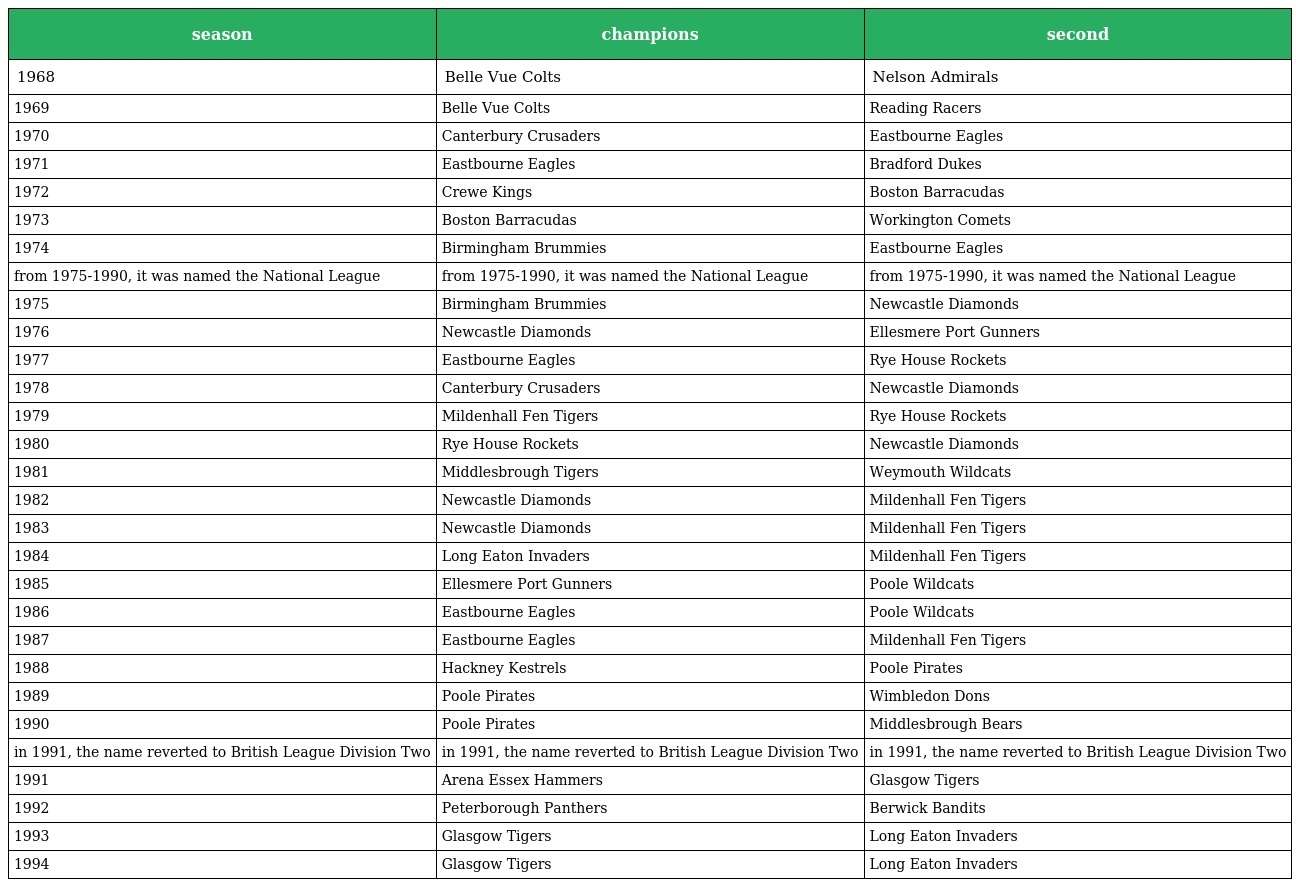
| season | champions | second |
 | --- | --- | --- |
 | 1968 | Belle Vue Colts | Nelson Admirals |
 | 1969 | Belle Vue Colts | Reading Racers |
 | 1970 | Canterbury Crusaders | Eastbourne Eagles |
 | 1971 | Eastbourne Eagles | Bradford Dukes |
 | 1972 | Crewe Kings | Boston Barracudas |
 | 1973 | Boston Barracudas | Workington Comets |
 | 1974 | Birmingham Brummies | Eastbourne Eagles |
 | from 1975-1990, it was named the National League | from 1975-1990, it was named the National League | from 1975-1990, it was named the National League |
 | 1975 | Birmingham Brummies | Newcastle Diamonds |
 | 1976 | Newcastle Diamonds | Ellesmere Port Gunners |
 | 1977 | Eastbourne Eagles | Rye House Rockets |
 | 1978 | Canterbury Crusaders | Newcastle Diamonds |
 | 1979 | Mildenhall Fen Tigers | Rye House Rockets |
 | 1980 | Rye House Rockets | Newcastle Diamonds |
 | 1981 | Middlesbrough Tigers | Weymouth Wildcats |
 | 1982 | Newcastle Diamonds | Mildenhall Fen Tigers |
 | 1983 | Newcastle Diamonds | Mildenhall Fen Tigers |
 | 1984 | Long Eaton Invaders | Mildenhall Fen Tigers |
 | 1985 | Ellesmere Port Gunners | Poole Wildcats |
 | 1986 | Eastbourne Eagles | Poole Wildcats |
 | 1987 | Eastbourne Eagles | Mildenhall Fen Tigers |
 | 1988 | Hackney Kestrels | Poole Pirates |
 | 1989 | Poole Pirates | Wimbledon Dons |
 | 1990 | Poole Pirates | Middlesbrough Bears |
 | in 1991, the name reverted to British League Division Two | in 1991, the name reverted to British League Division Two | in 1991, the name reverted to British League Division Two |
 | 1991 | Arena Essex Hammers | Glasgow Tigers |
 | 1992 | Peterborough Panthers | Berwick Bandits |
 | 1993 | Glasgow Tigers | Long Eaton Invaders |
 | 1994 | Glasgow Tigers | Long Eaton Invaders |